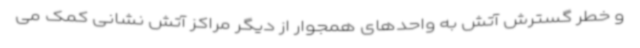
و خطر گسترش آتش به واحدهای همجوار از دیگر مراکز آتش نشانی کمک می‌